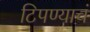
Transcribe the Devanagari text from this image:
टिपण्याचं